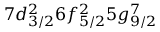
7 d _ { 3 / 2 } ^ { 2 } 6 f _ { 5 / 2 } ^ { 2 } 5 g _ { 9 / 2 } ^ { 7 }